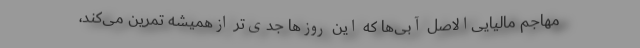
مهاجم مالیایی‌الاصل آبی‌ها که این روزها جدی‌تر ازهمیشه تمرین می‌کند،